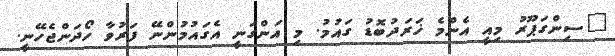
"ސިންގަޕޫރު މިއީ އެންމެ ޚަރަދުބޮޑު ގައުމު. މި އަންގަނީ އެގައުމުންނޭ ފަރުވާ ހޯދަންޖެހޭނީ.